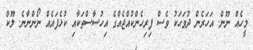
މީހެއް ނޫން. އަހަރެން ދުވަހަކު ވެސް ފިރިހެންކުއްޖެއްގެ އިހުސާސްތަކާއި ކުޅެފައެއް ނޯންނާނެ. ލޫކް